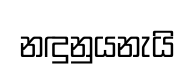
නඳුනුයනැයි